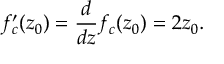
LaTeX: f _ { c } ^ { \prime } ( z _ { 0 } ) = { \frac { d } { d z } } f _ { c } ( z _ { 0 } ) = 2 z _ { 0 } .